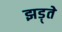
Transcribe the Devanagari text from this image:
झड़्ते